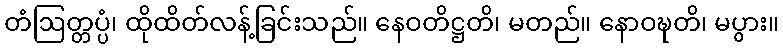
တံဩတ္တပ္ပံ၊ ထိုထိတ်လန့်ခြင်းသည်။ နေဝတိဋ္ဌတိ၊ မတည်။ နောဝဍ္ဎတိ၊ မပွား။